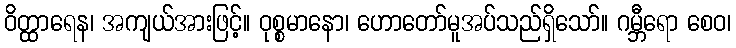
ဝိတ္ထာရေန၊ အကျယ်အားဖြင့်။ ဝုစ္စမာနော၊ ဟောတော်မူအပ်သည်ရှိသော်။ ဂမ္ဘီရော စေဝ၊